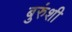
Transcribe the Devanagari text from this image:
बुरुंशी